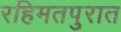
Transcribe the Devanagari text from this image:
रहिमतपुरात